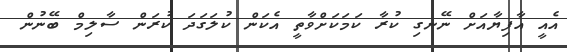
އެއީ އާފިޔާއަށް ނޭނގި ކުރާ ކަމަކަށްވާތީ އެކަން ކުލަގަދަ ކުރަން ސާލިމް ބޭނުން